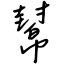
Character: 幫